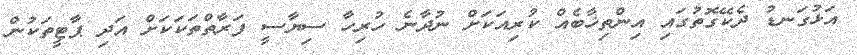
އަޅުގަނޑު ދެކޭގޮތުގައި އިންތިޚާބެއް ކުރިއަކަށް ނުދާނެ ހުރިހާ ސިޔާސީ ފަރާތްތަކަކަށް އަދި ޕާޓީތަކުން